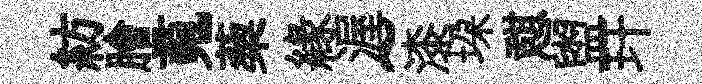
紡膾䰟蔾縁渥~漆垜憇盥玕